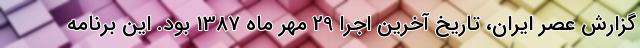
گزارش عصر ایران، تاریخ آخرین اجرا 29 مهر ماه 1387 بود. این برنامه